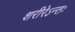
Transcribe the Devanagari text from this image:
शरीरेऽन्तः